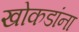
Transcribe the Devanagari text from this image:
खोकडांना